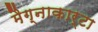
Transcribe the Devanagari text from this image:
मैग्नाकार्टा